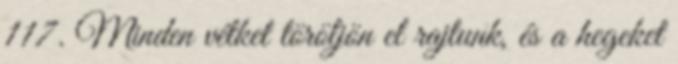
117. Minden vétket töröljön el rajtunk, és a hegeket